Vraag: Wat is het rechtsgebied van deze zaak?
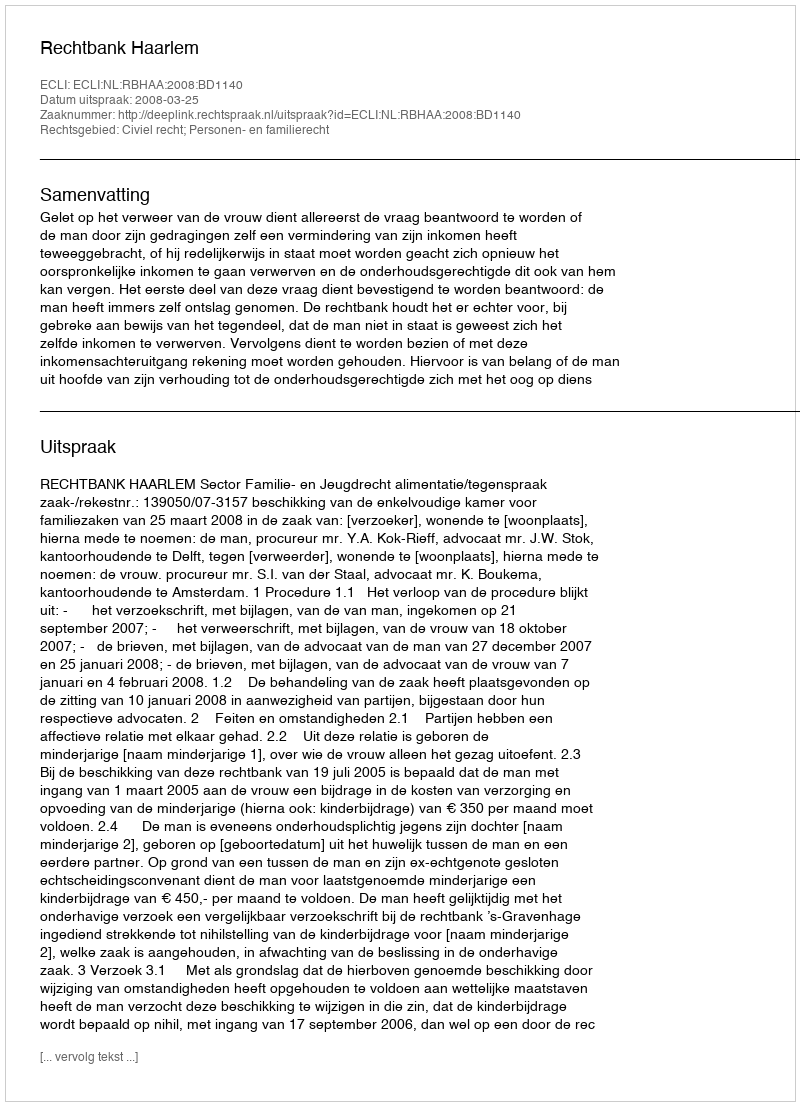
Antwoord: Civiel recht; Personen- en familierecht